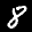
Label: 8